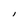
Character: l